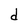
Character: d